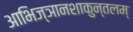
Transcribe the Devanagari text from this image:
आभिज्ञानशाकुन्तलम्